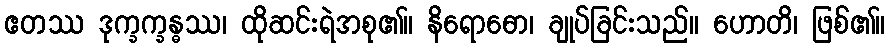
ဧတဿ ဒုက္ခက္ခန္ဓဿ၊ ထိုဆင်းရဲအစု၏။ နိရောဓော၊ ချုပ်ခြင်းသည်။ ဟောတိ၊ ဖြစ်၏။